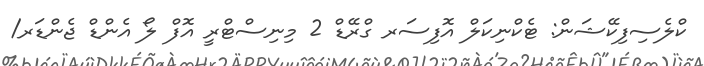
ކްލެސިފިކޭޝަން: ޓެކްނިކަލް އޮފިސަރ ގްރޭޑް 2 މިނިސްޓްރީ އޮފް ލޯ އެންޑް ޖެންޑަރ/